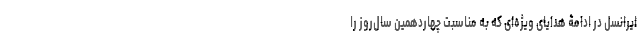
ایرانسل در ادامۀ هدایای ویژه‌ای که به مناسبت چهاردهمین سال‌روز را